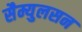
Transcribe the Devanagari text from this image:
सैम्युलसन